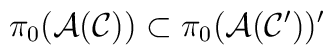
\pi_0({\cal A}({\cal C})) \subset \pi_0 ({\cal A}({\cal C}'))'